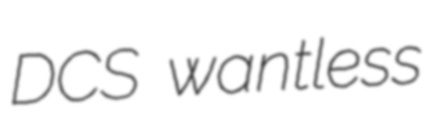
DCS wantless